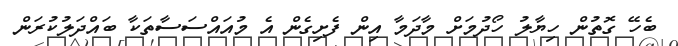
ބެހޭ ގޮތުން ހިޔާލު ހޯދުމަށް މާދަމާ އިން ފެށިގެން އެ މުއައްސަސާތަކާ ބައްދަލުކުރަން